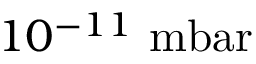
1 0 ^ { - 1 1 } ~ \mathrm { m b a r }